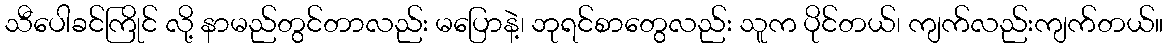
သီပေါခင်ကြိုင် လို့ နာမည်တွင်တာလည်း မပြောနဲ့၊ ဘုရင်စာတွေလည်း သူက ပိုင်တယ်၊ ကျက်လည်းကျက်တယ်။